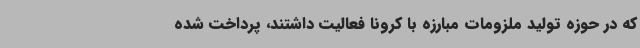
که در حوزه تولید ملزومات مبارزه با کرونا فعالیت داشتند، پرداخت شده